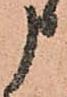
申